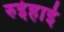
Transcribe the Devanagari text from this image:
रुईहाई